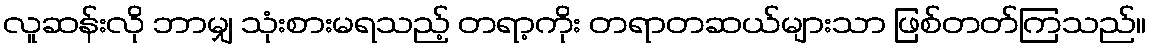
လူဆန်းလို ဘာမျှ သုံးစားမရသည့် တရာ့ကိုး တရာတဆယ်များသာ ဖြစ်တတ်ကြသည်။